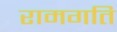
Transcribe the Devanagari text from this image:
रामगति